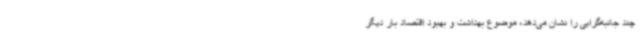
چند جانبه‌گرایی را نشان می‌دهد، موضوع بهداشت و بهبود اقتصاد بار دیگر